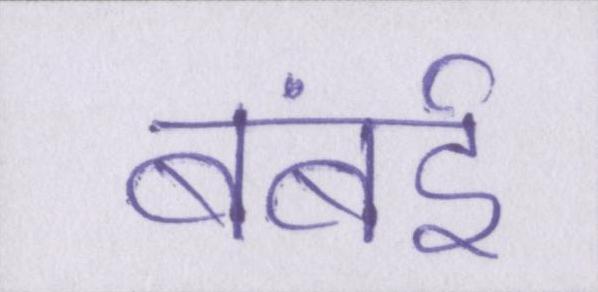
बंबई